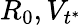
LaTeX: R_{0},V_{t^{*}}